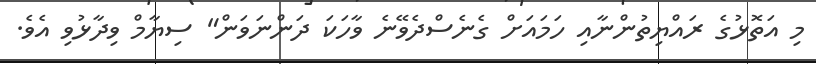
މި އަތޮޅުގެ ރައްޔިތުންނާއި ހަމައަށް ގެނެސްދެވޭނެ ވާހަކަ ދަންނަވަން" ސިޔާމް ވިދާޅުވި އެވެ.